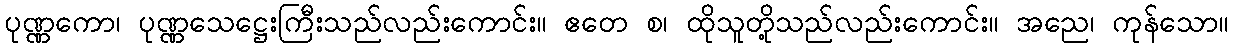
ပုဏ္ဏကော၊ ပုဏ္ဏသေဋ္ဌေးကြီးသည်လည်းကောင်း။ ဧတေ စ၊ ထိုသူတို့သည်လည်းကောင်း။ အညေ၊ ကုန်သော။